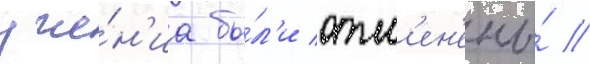
уче́н'иа бы́л'и отм'ен'ены́ //